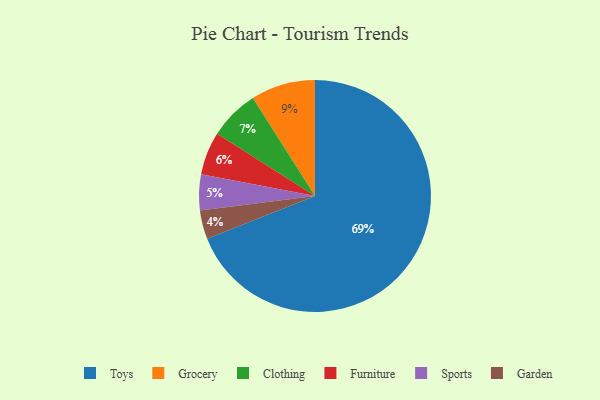
{"axis": {"x": "Category", "y": "Percentage"}, "legend": ["Clothing", "Furniture", "Garden", "Grocery", "Sports", "Toys"], "data": [{"x": "Garden", "y": 4, "type": "Garden"}, {"x": "Furniture", "y": 6, "type": "Furniture"}, {"x": "Sports", "y": 5, "type": "Sports"}, {"x": "Clothing", "y": 7, "type": "Clothing"}, {"x": "Toys", "y": 69, "type": "Toys"}, {"x": "Grocery", "y": 9, "type": "Grocery"}]}